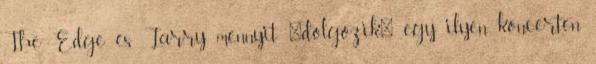
The Edge és Larry mennyit "dolgozik" egy ilyen koncerten